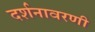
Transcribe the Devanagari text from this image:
दर्शनावरणी